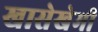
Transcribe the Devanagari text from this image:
खासेखेमी